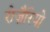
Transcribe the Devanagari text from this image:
रोज़ैरियो